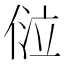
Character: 𠊔